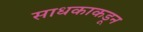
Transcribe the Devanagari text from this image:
साधकाकडून